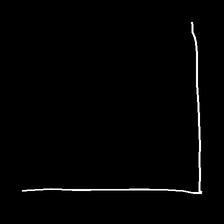
Glyph: region